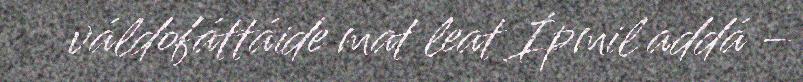
váldofáttáide mat leat Ipmil addá –